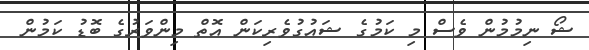
ޝޯ ނިމުމުން ވެސް މި ކަމުގެ ޝައުގުވެރިކަން އޮތް މިންވަރުގެ ބޮޑު ކަމުން